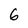
Character: 6